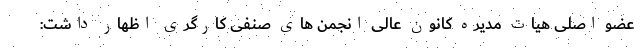
عضو اصلی هیات مدیره کانون عالی انجمن های صنفی کارگری اظهار داشت: